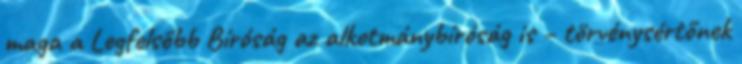
maga a Legfelsőbb Bíróság az alkotmánybíróság is – törvénysértőnek